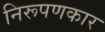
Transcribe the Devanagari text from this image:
निरूपणकार